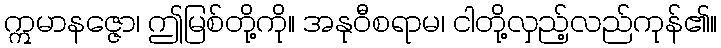
ဣမာနဇ္ဇော၊ ဤမြစ်တို့ကို။ အနုဝီစရာမ၊ ငါတို့လှည့်လည်ကုန်၏။